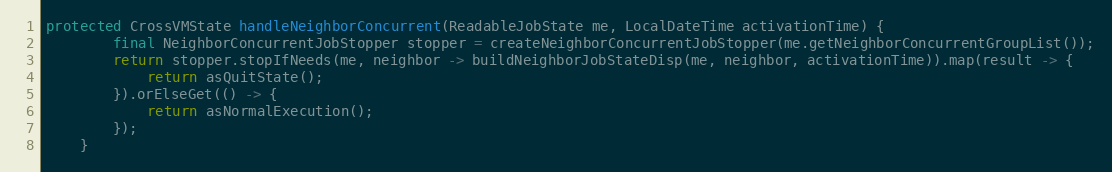
Language: Java
protected CrossVMState handleNeighborConcurrent(ReadableJobState me, LocalDateTime activationTime) {
        final NeighborConcurrentJobStopper stopper = createNeighborConcurrentJobStopper(me.getNeighborConcurrentGroupList());
        return stopper.stopIfNeeds(me, neighbor -> buildNeighborJobStateDisp(me, neighbor, activationTime)).map(result -> {
            return asQuitState();
        }).orElseGet(() -> {
            return asNormalExecution();
        });
    }